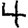
Digit: 4